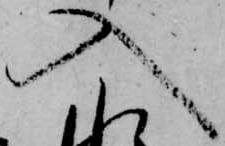
入